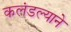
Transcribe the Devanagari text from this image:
कलंडल्याने